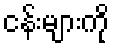
ငန်းများကို